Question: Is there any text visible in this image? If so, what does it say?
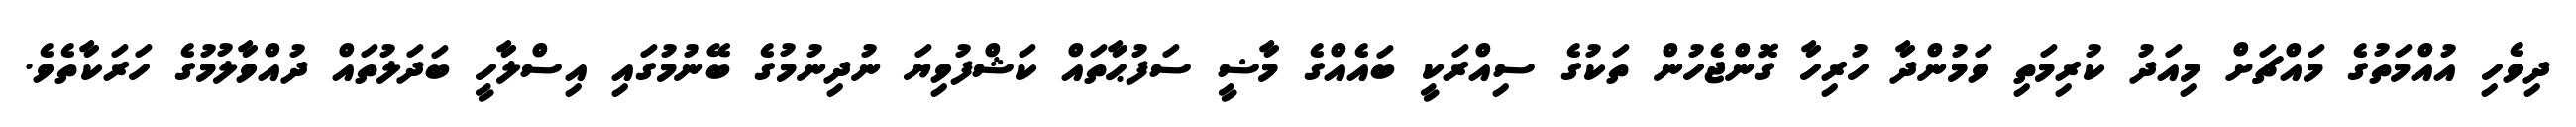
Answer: ދިވެހި އުއްމަތުގެ މައްޗަށް މިއަދު ކުރިމަތި ވަމުންދާ ހުރިހާ ގޮންޖެހުން ތަކުގެ ސިއްރަކީ ބައެއްގެ މާޟީ ސަފުޙާތައް ކަޝްފުވިޔަ ނުދިނުމުގެ ބޭނުމުގައި އިސްލާހީ ބަދަލުތައް ދުއްވާލުމުގެ ހަރަކާތެވެ.